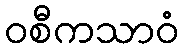
ဝစီကသာဝံ